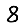
Digit: 8